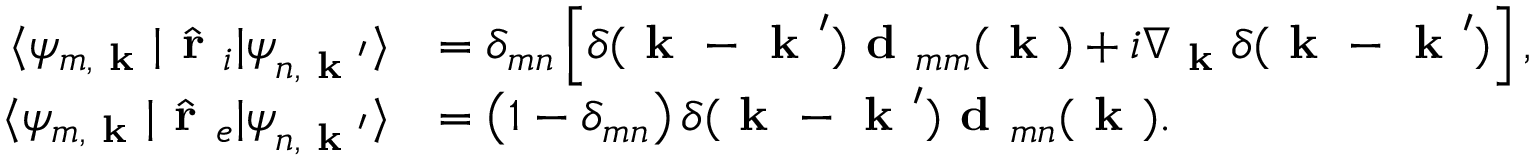
\begin{array} { r l } { \langle \psi _ { m , \textbf { k } } | \hat { \textbf { r } } _ { i } | \psi _ { n , \textbf { k } ^ { \prime } } \rangle } & { = \delta _ { m n } \left[ \delta ( \textbf { k } - \textbf { k } ^ { \prime } ) \textbf { d } _ { m m } ( { \textbf { k } } ) + i \nabla _ { \textbf { k } } \delta ( \textbf { k } - \textbf { k } ^ { \prime } ) \right] , } \\ { \langle \psi _ { m , \textbf { k } } | \hat { \textbf { r } } _ { e } | \psi _ { n , \textbf { k } ^ { \prime } } \rangle } & { = \left( 1 - \delta _ { m n } \right) \delta ( \textbf { k } - \textbf { k } ^ { \prime } ) \textbf { d } _ { m n } ( { \textbf { k } } ) . } \end{array}